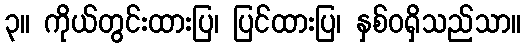
၃။ ကိုယ်တွင်းထားပြ၊ ပြင်ထားပြ၊ နှစ်ဝရှိသည်သာ။